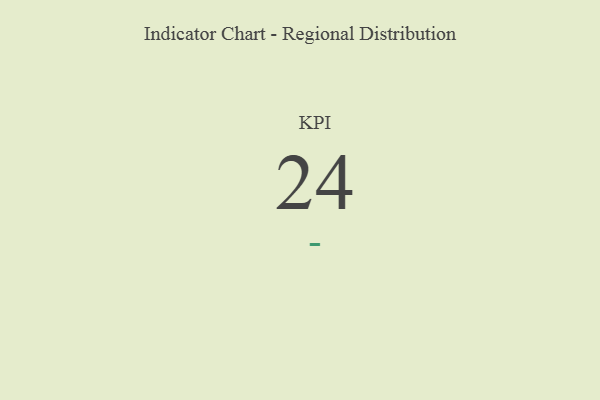
{"axis": {"x": "KPI", "y": "Value"}, "legend": [""], "data": [{"x": "KPI", "y": 24, "type": ""}]}